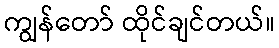
ကျွန်တော် ထိုင်ချင်တယ်။